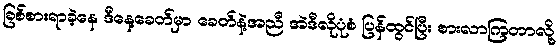
ခြစ်စားရာခဲ့နေ ဒီနေ့ခေတ်မှာ ခေတ်နဲ့အညီ အဲဒီလိုပုံစံ ပြန်ထွင်ပြီး စားလာကြတာလို့